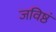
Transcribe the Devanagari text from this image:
जविष्ठं